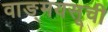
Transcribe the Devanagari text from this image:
वाङ्मयसूची